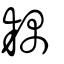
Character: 耦